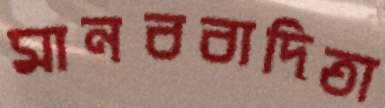
মানববাদিতা